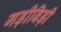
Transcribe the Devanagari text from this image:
गड़ीबिड़ी